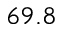
6 9 . 8